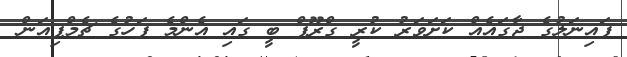
ފައިނަލުގެ ޖާގައެއް ކަށަވަރު ކުރީ ގްރޫޕް ބީ ގައި އެންމެ ފަހުގެ ޗެމްޕިއަން